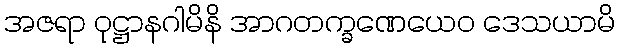
အဇရာ ဝုဋ္ဌာနဂါမိနိ အာဂတက္ခဏေယေဝ ဒေသယာမိ